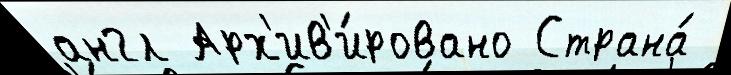
англ Арх'ив'и́ровано Страна́